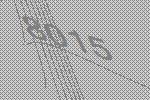
8015